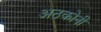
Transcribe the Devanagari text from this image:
अठकोनी